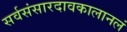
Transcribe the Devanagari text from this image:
सर्वसंसारदावकालानलं